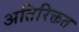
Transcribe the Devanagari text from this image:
अतिरिक्तत